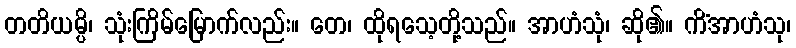
တတိယမ္ပိ၊ သုံးကြိမ်မြောက်လည်း။ တေ၊ ထိုရသေ့တို့သည်။ အာဟံသုံ၊ ဆို၏။ ကိံအာဟံသု၊